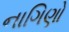
નાગિણો